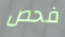
فحص